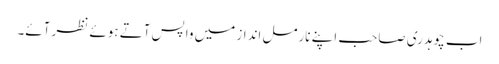
اب چوہدری صاحب اپنے نارمل انداز میں واپس آتے ہوئے نظر آئے۔